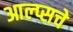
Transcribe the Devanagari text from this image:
आल्प्सचे